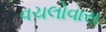
વચલોવાસ